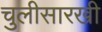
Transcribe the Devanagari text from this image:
चुलीसारखी